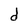
Character: d